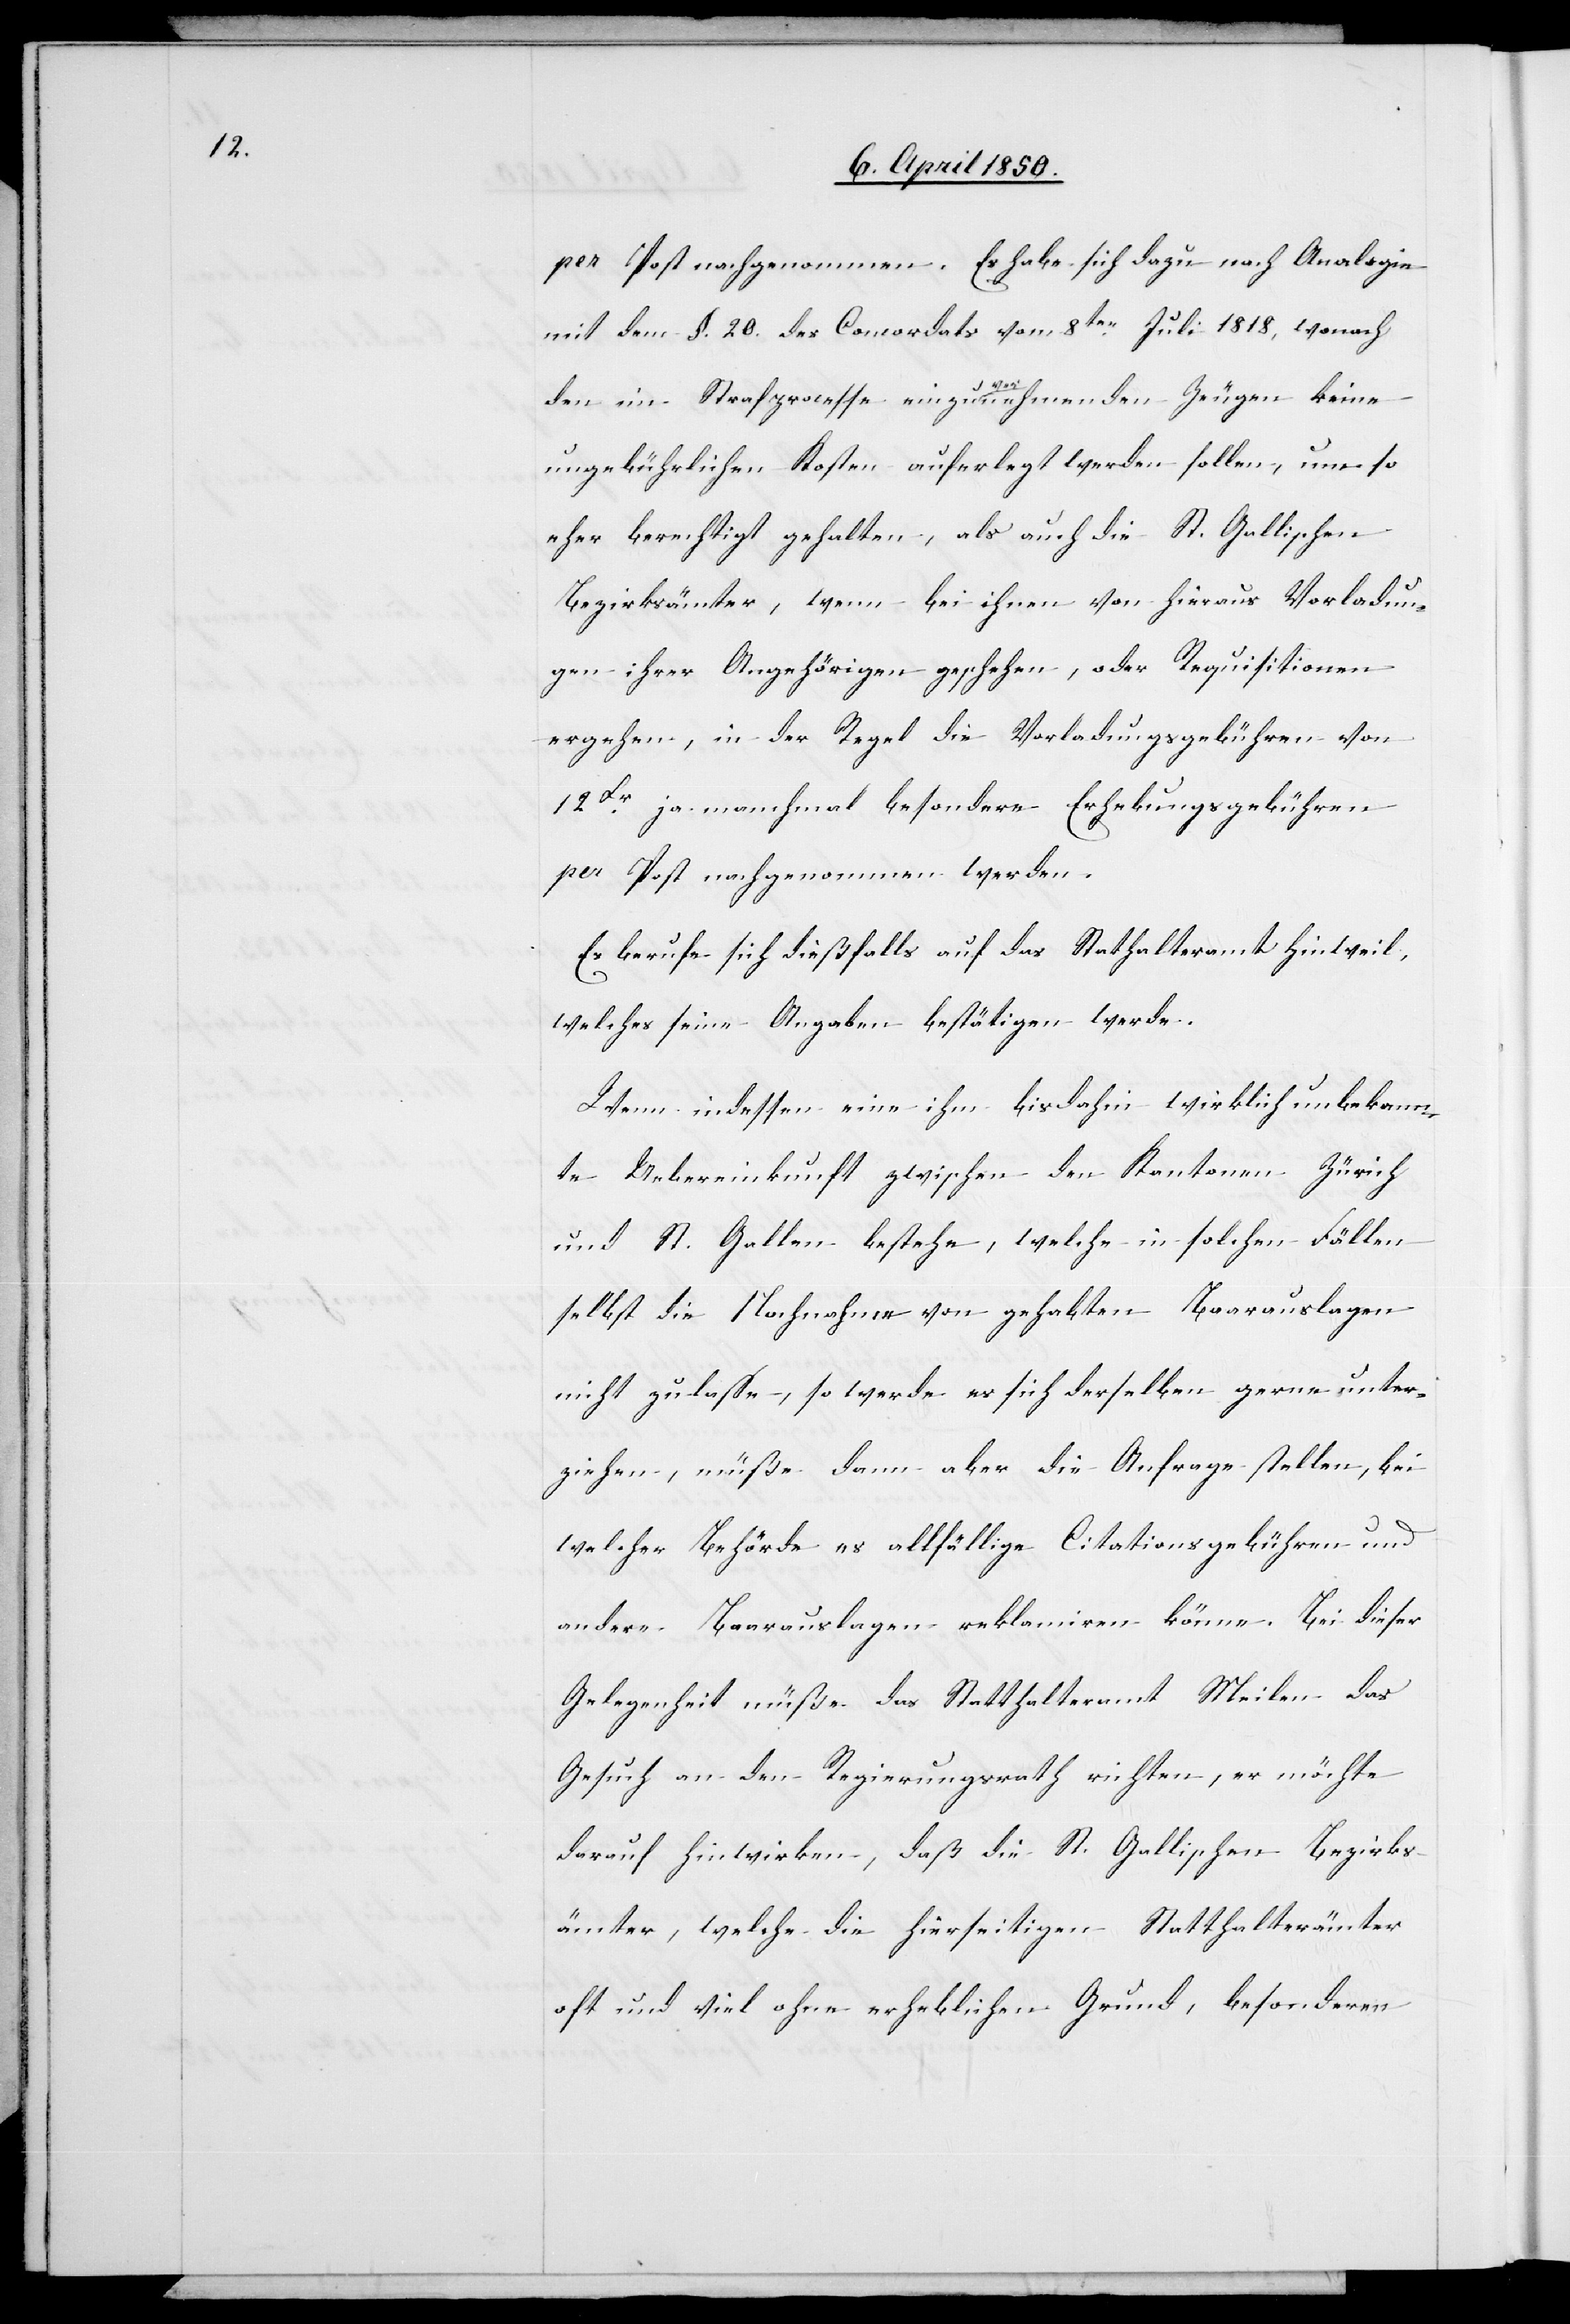
per Post nachgenommen. Es habe sich dazu nach Analogie
mit dem §. 20. des Concordats vom 8ten Juli 1818, wonach
den im Strafprocesse einzuvernehmenden Zeugen keine
ungebührlichen Kosten auferlegt werden sollen, um so
eher berechtigt gehalten, als auch die St. Gallischen
Bezirksämter, wenn bei ihnen von hieraus Vorladun¬
gen ihrer Angehörigen geschehen, oder Requisitionen
ergehen, in der Regel die Vorladungsgebühren von
12Fr ja manchmal besondere Erhebungsgebühren
per Post nachgenommen werden.
Es berufe sich dießfalls auf das Statthalteramt Hinweil,
welches seine Angaben bestätigen werde.
Wenn indessen eine ihm bisdahin wirklich unbekann¬
te Uebereinkunft zwischen den Kantonen Zürich
und St. Gallen bestehe, welche in solchen Fällen
selbst die Nachnahme von gehabten Baarauslagen
nicht zulasse, so werde es sich derselben gerne unter¬
ziehen, müße dann aber die Anfrage stellen, bei
welcher Behörde es allfällige Citationsgebühren und
andere Baarauslagen reklamiren könne. Bei dieser
Gelegenheit müße das Statthalteramt Meilen das
Gesuch an den Regierungsrath richten, er möchte
darauf hinwirken, daß die St. Gallischen Bezirks¬
ämter, welche die hierseitigen Statthalterämter
oft und viel ohne erheblichen Grund, besonderen